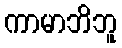
ကာမာဘိဘူ